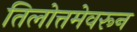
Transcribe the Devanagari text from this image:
तिलोत्तमेवरून